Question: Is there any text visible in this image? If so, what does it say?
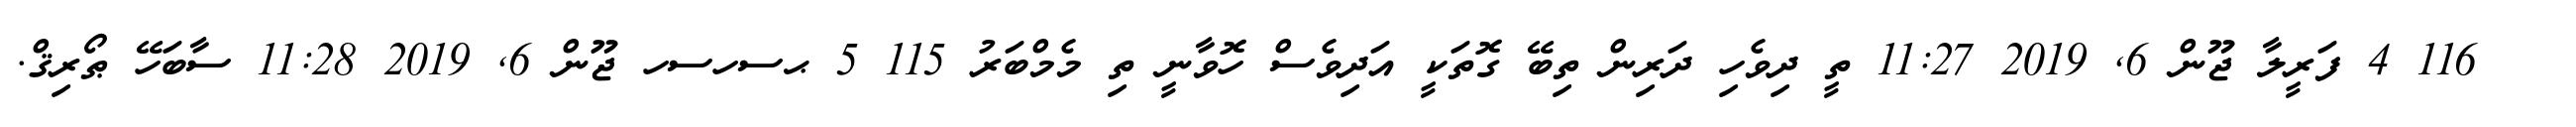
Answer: ??? 116 4 ފަރީލާ ޖޫން 6, 2019 11:27 ތީ ދިވެހި ދަރިން ތިބޭ ގޮތަކީ އަދިވެސް ހޮވާނީ ތި މެމްބަރު 115 5 ޙސހސހ ޖޫން 6, 2019 11:28 ސާބަހޭ ޠޯރިޤް.